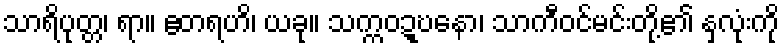
သာရိပုတ္တ၊ ရာ။ ဧတရဟိ၊ ယခု။ သက္ကဝဍ္ဎနော၊ သာကီဝင်မင်းတို့၏ နှလုံးကို